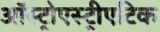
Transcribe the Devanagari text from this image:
ऑस्ट्रोएस्ट्रीएटिक